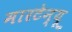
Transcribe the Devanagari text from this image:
मारटेन्यू